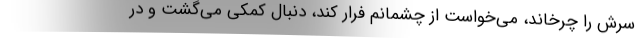
سرش را چرخاند، می‌خواست از چشمانم فرار کند، دنبال کمکی می‌گشت و در